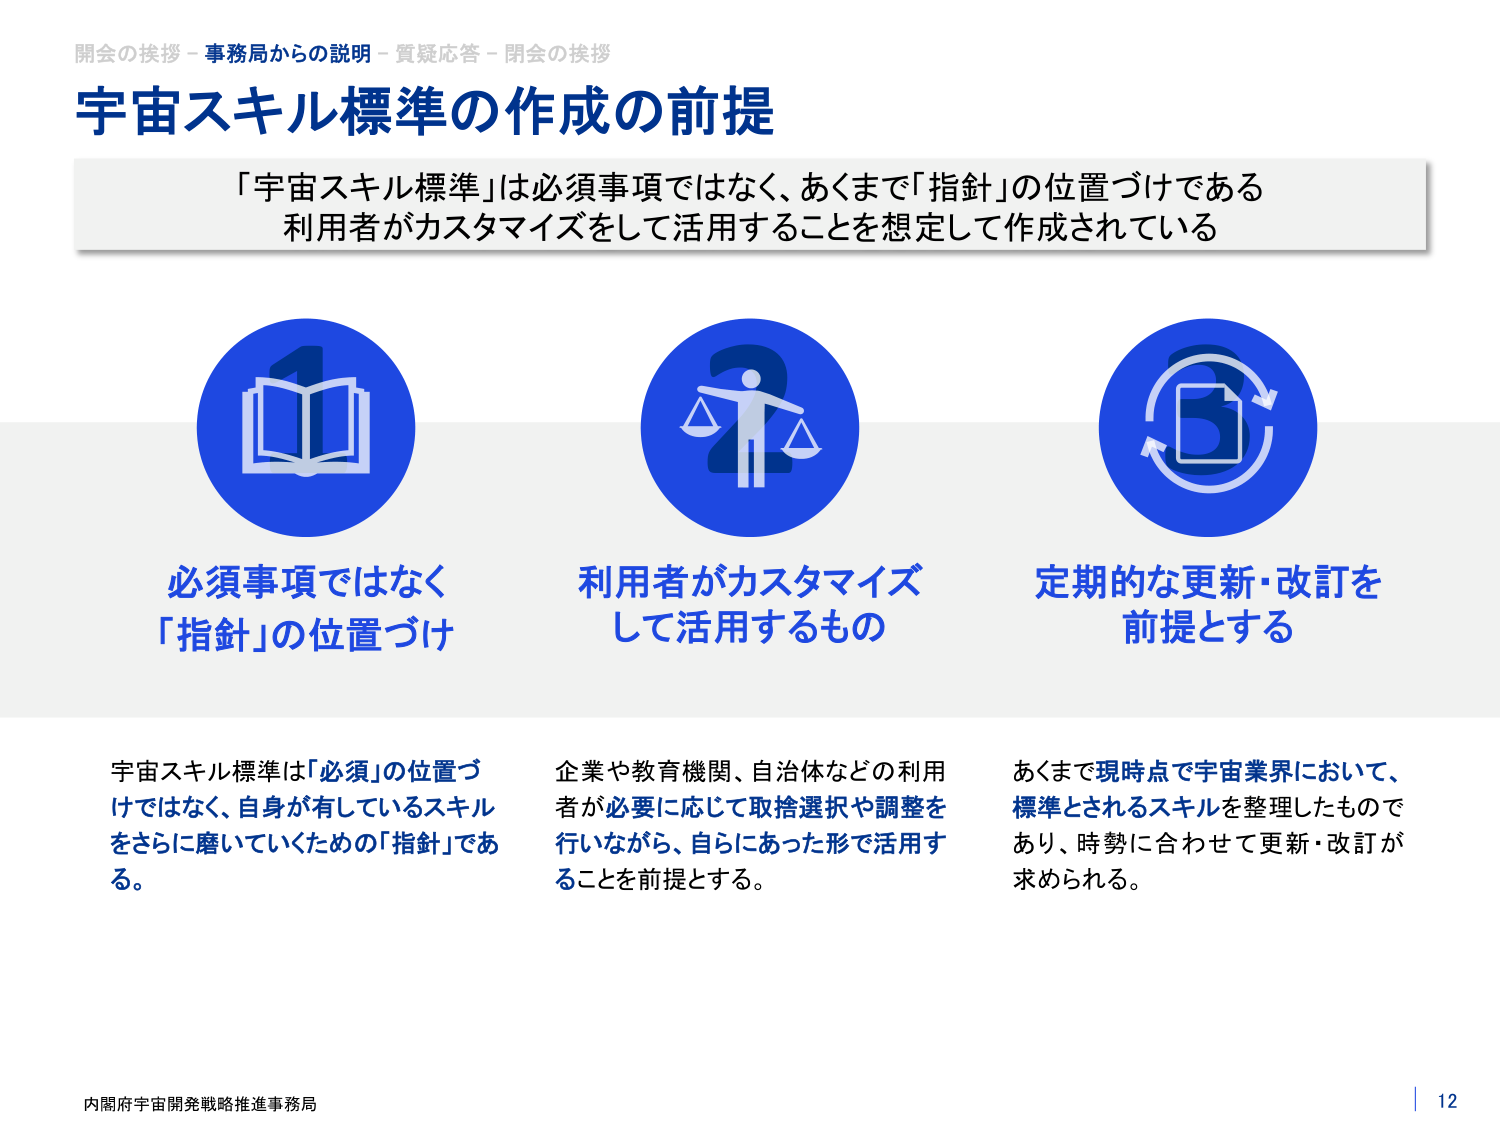
開会の挨拶 - 事務局からの説明 - 質疑応答 - 閉会の挨拶
宇宙スキル標準の作成の前提
「宇宙スキル標準」は必須事項ではなく、あくまで「指針」の位置づけである
利用者がカスタマイズをして活用することを想定して作成されている

1
必須事項ではなく
「指針」の位置づけ
宇宙スキル標準は「必須」の位置づけではなく、自身が有しているスキルをさらに磨いていくための「指針」である。

2
利用者がカスタマイズして活用するもの
企業や教育機関、自治体などの利用者が必要に応じて取捨選択や調整を行いながら、自らにあった形で活用することを前提とする。

3
定期的な更新・改訂を前提とする
あくまで現時点で宇宙業界において、標準とされるスキルを整理したものであり、時勢に合わせて更新・改訂が求められる。

内閣府宇宙開発戦略推進事務局
12